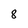
Character: 8